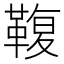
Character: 𩋟